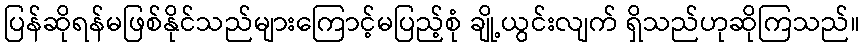
ပြန်ဆိုရန်မဖြစ်နိုင်သည်များကြောင့်မပြည့်စုံ ချို့ယွင်းလျက် ရှိသည်ဟုဆိုကြသည်။